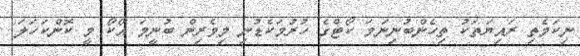
ނިކަމެތި ރައިޔަތަކު ތިހެންބުނިނަމަ ކޯޓްގެ ހުރުމަކެޑުނި މިވެރިން ބުނީމަ އޯކޯ މީ ކޮންކަހަލަ